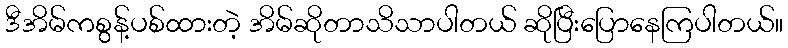
ဒီအိမ်ကစွန့်ပစ်ထားတဲ့ အိမ်ဆိုတာသိသာပါတယ် ဆိုပြီးပြောနေကြပါတယ်။